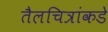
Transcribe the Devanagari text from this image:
तैलचित्रांकडे